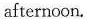
afternoon.